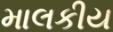
માલકીય